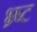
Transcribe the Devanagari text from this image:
भ्र्ष्ट